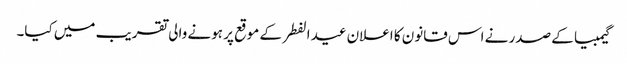
گیمبیا کے صدر نے اس قانون کا اعلان عید الفطر کے موقع پر ہونے والی تقریب میں کیا۔